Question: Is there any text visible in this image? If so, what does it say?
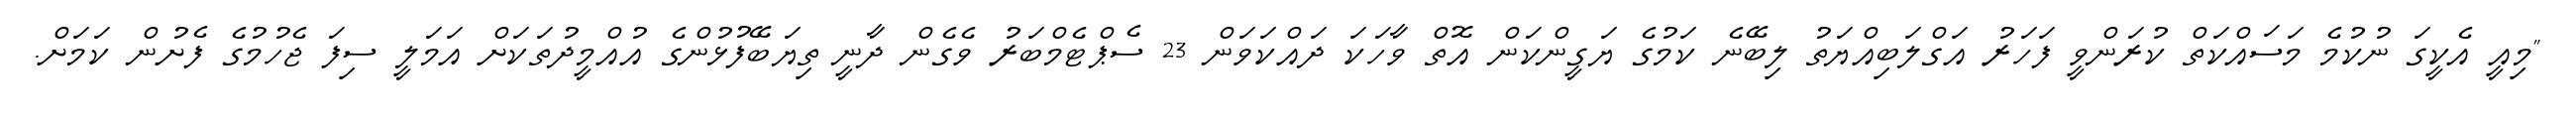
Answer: "މިއީ އެކީގަ ނުކުމެ މަސައްކަތް ކުރަންވީ ފަހަރު އަގްލަބިއްޔަތު ލިބޭނެ ކަމުގެ ޔަގީންކަން އޮތް ވާހަކަ ދައްކަވަން 23 ސެޕްޓެމްބަރު ވެގެން ދާނީ ތިޔަބޭފުޅުންގެ އުއްމީދުތަކަށް އަމަލީ ސިފަ ޖެހުމުގެ ފެށުން ކަމަށް.